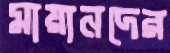
মায়ানদের